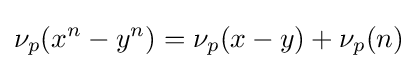
\nu _{p}(x^{n}-y^{n})=\nu _{p}(x-y)+\nu _{p}(n)